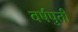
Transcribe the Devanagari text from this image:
वर्षपुर्ती